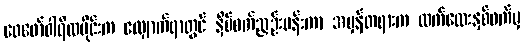
ဖေဖော်ဝါရီလပိုင်းက လျှောက်ရာတွင် နှိပ်စက်ညှဉ်းပန်းကာ အမှန်တရားက လက်လေးနှစ်ဖက်မှ